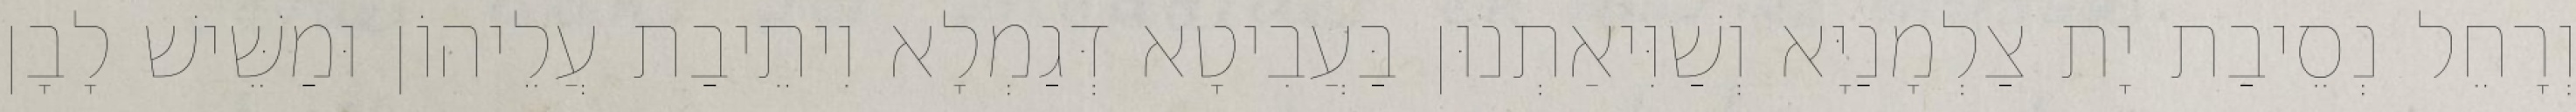
וְרָחֵל נְסֵיבַת יָת צַלְמָנַיָּא וְשַׁוִּיאַתְנוּן בַּעֲבִיטָא דְּגַמְלָא וִיתֵיבַת עֲלֵיהוֹן וּמַשֵּׁישׁ לָבָן